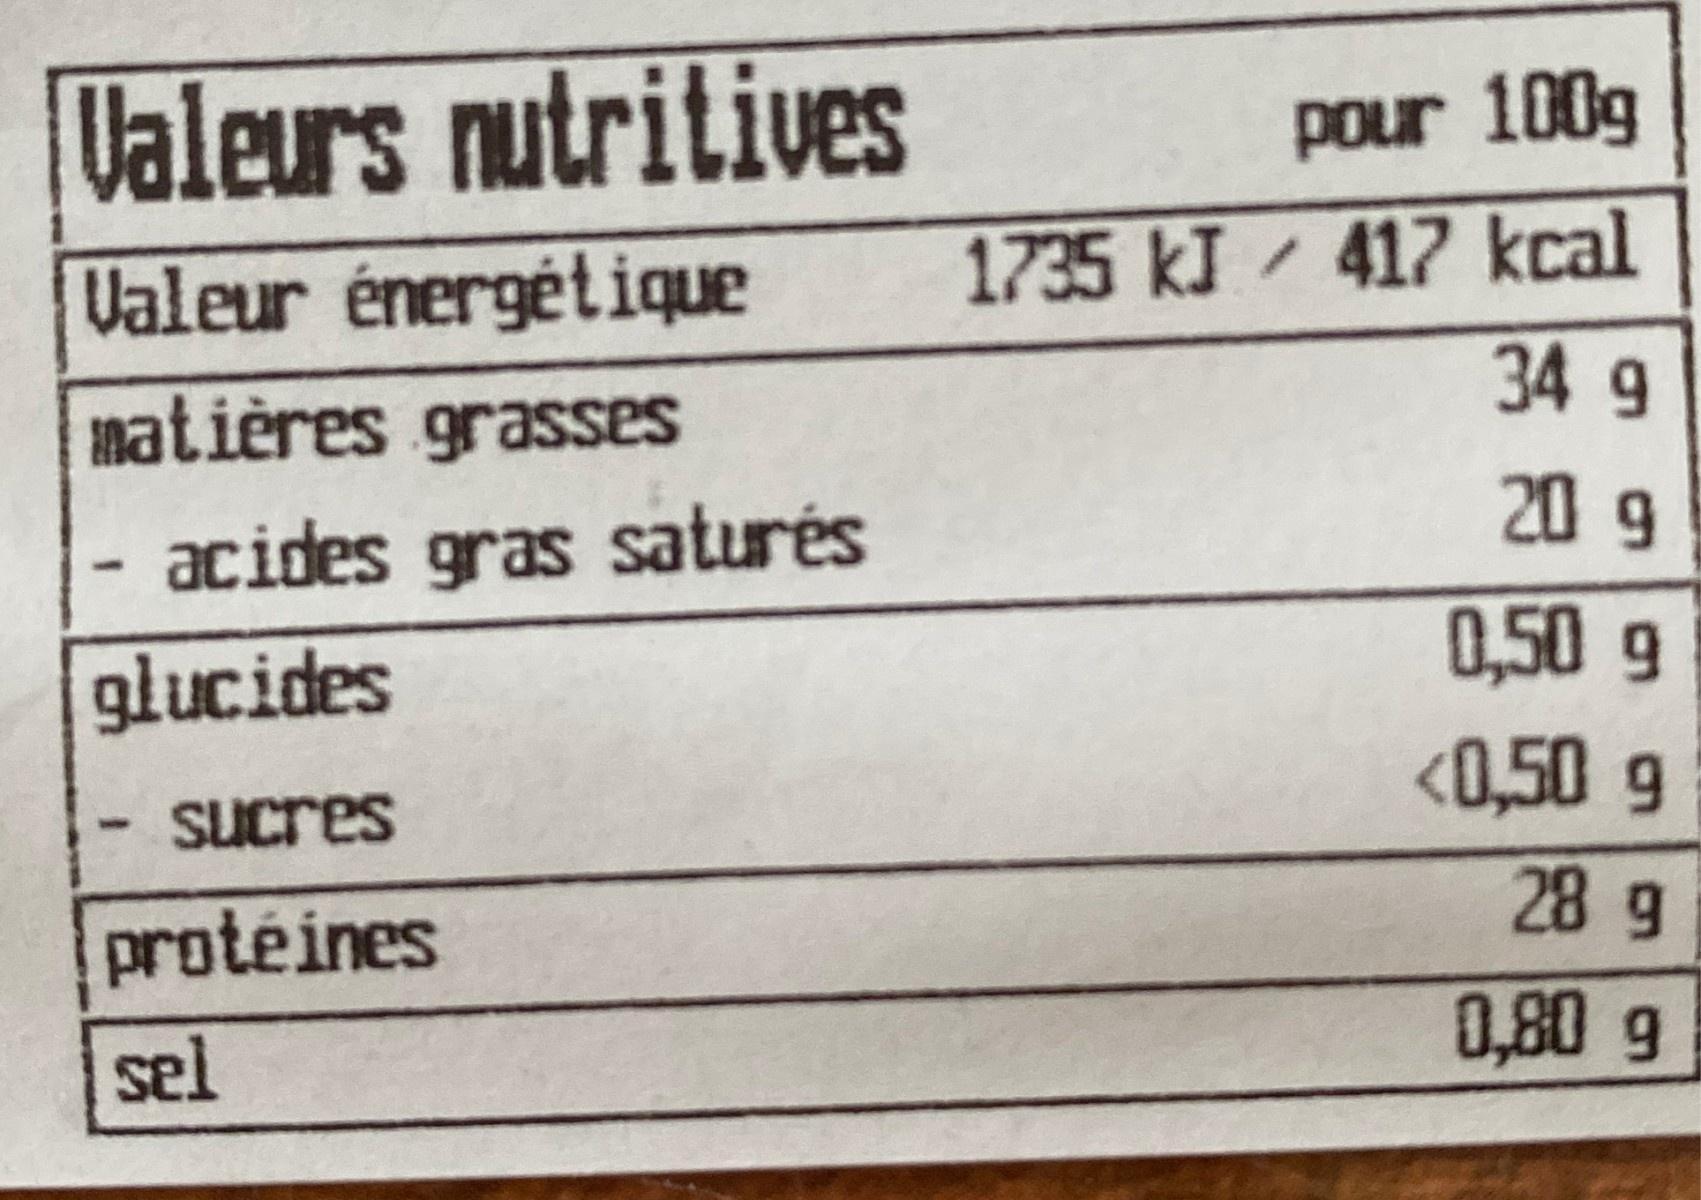
Valeurs nutritives pour 100g 417 kcal 1735 kI Valeur énergétique 34 g matières grasses 20 g acides gras saturés 0,50 g glucides <0,50 g Sucres 28g protéines 0,80 g sel